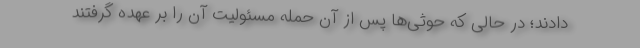
دادند؛ در حالی که حوثی‌ها پس از آن حمله مسئولیت آن را بر عهده گرفتند